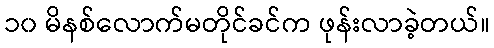
၁၀ မိနစ်လောက်မတိုင်ခင်က ဖုန်းလာခဲ့တယ်။